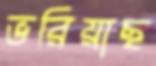
ভরিয়াছ